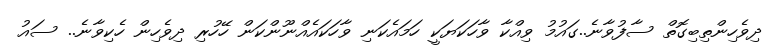
ދިވެހިންތިބިގޮތް ސާފުވާނެ..ގައުމު ވިއްކާ ވާހަކަޔަކީ ހަމައެކަނި ވާހަކައެއްނޫންކަން ހޭހުރި ދިވެހިން ހެކިވާނެ.. ސައު